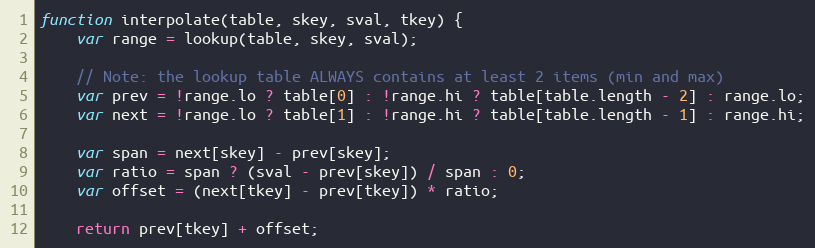
Language: JavaScript
function interpolate(table, skey, sval, tkey) {
	var range = lookup(table, skey, sval);

	// Note: the lookup table ALWAYS contains at least 2 items (min and max)
	var prev = !range.lo ? table[0] : !range.hi ? table[table.length - 2] : range.lo;
	var next = !range.lo ? table[1] : !range.hi ? table[table.length - 1] : range.hi;

	var span = next[skey] - prev[skey];
	var ratio = span ? (sval - prev[skey]) / span : 0;
	var offset = (next[tkey] - prev[tkey]) * ratio;

	return prev[tkey] + offset;